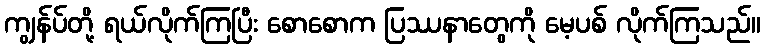
ကျွန်ပ်တို့ ရယ်လိုက်ကြပြီး စောစောက ပြဿနာတွေကို မေ့ပစ် လိုက်ကြသည်။